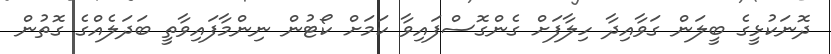
ދޮނަކުޅީގެ ބީލަން ގަވާއިދާ ހިލާފަށް ގެންގޮސްފައިވާ ކަމަށް ކޯޓުން ނިންމާފައިވާތީ ބަދަލެއްގެ ގޮތުން